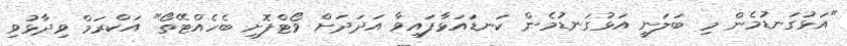
"އަޅުގަނޑުމެން މި ބަލަނީ އަޅުގަނޑުމެން ކަނޑައަޅާފައިވާ އަދަދަށް ވޯޓްފޮށި ބެހެއްޓޭތޯ" އަކްރަމް ވިދާޅުވި